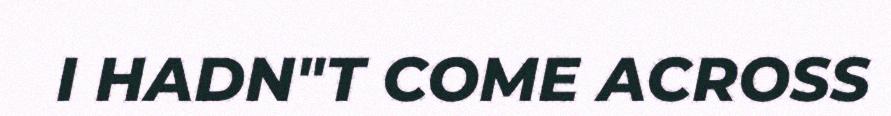
I HADN"T COME ACROSS